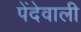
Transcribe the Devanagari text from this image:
पेंदेवाली